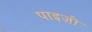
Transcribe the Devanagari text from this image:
पाइज़ो